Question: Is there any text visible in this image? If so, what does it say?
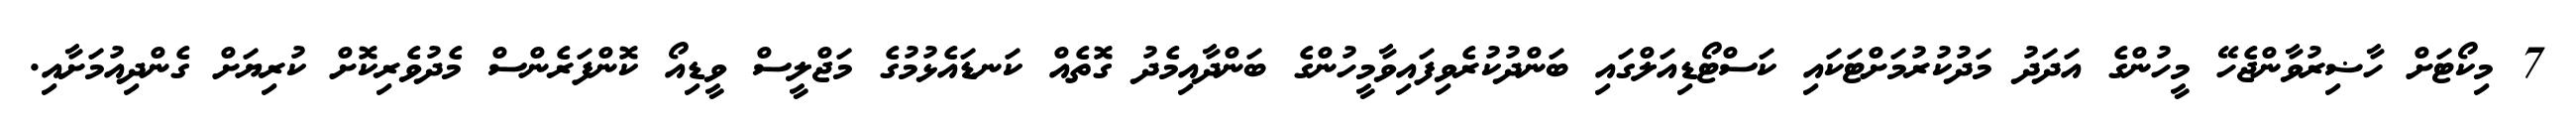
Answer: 7 މިކޯޓަށް ހާޟިރުވާންޖެހޭ މީހުންގެ އަދަދު މަދުކުރުމަށްޓަކައި ކަސްޓޯޑިއަލްގައި ބަންދުކުރެވިފައިވާމީހުންގެ ބަންދާއިމެދު ގޮތެއް ކަނޑައެޅުމުގެ މަޖްލީސް ވީޑިއޯ ކޮންފަރެންސް މެދުވެރިކޮށް ކުރިޔަށް ގެންދިއުމަށާއި.